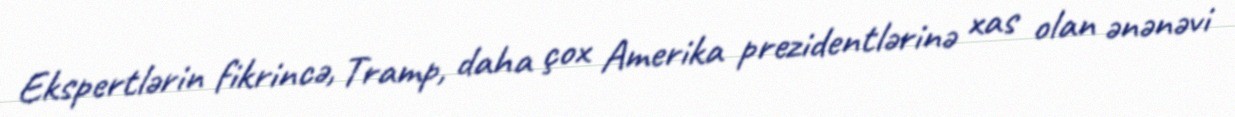
Ekspertlərin fikrincə, Tramp, daha çox Amerika prezidentlərinə xas olan ənənəvi